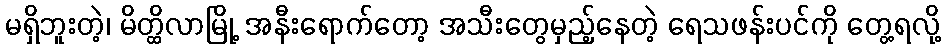
မရှိဘူးတဲ့၊ မိတ္ထိလာမြို့ အနီးရောက်တော့ အသီးတွေမှည့်နေတဲ့ ရေသဖန်းပင်ကို တွေ့ရလို့